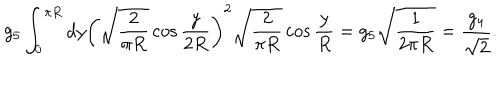
g _ { 5 } \int _ { 0 } ^ { \pi R } d y \left( \sqrt { \frac { 2 } { \pi R } } \cos \frac { y } { 2 R } \right) ^ { 2 } \sqrt { \frac { 2 } { \pi R } } \cos \frac { y } { R } = g _ { 5 } \sqrt { \frac { 1 } { 2 \pi R } } = \frac { g _ { 4 } } { \sqrt { 2 } } .